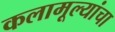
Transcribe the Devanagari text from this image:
कलामूल्यांचा